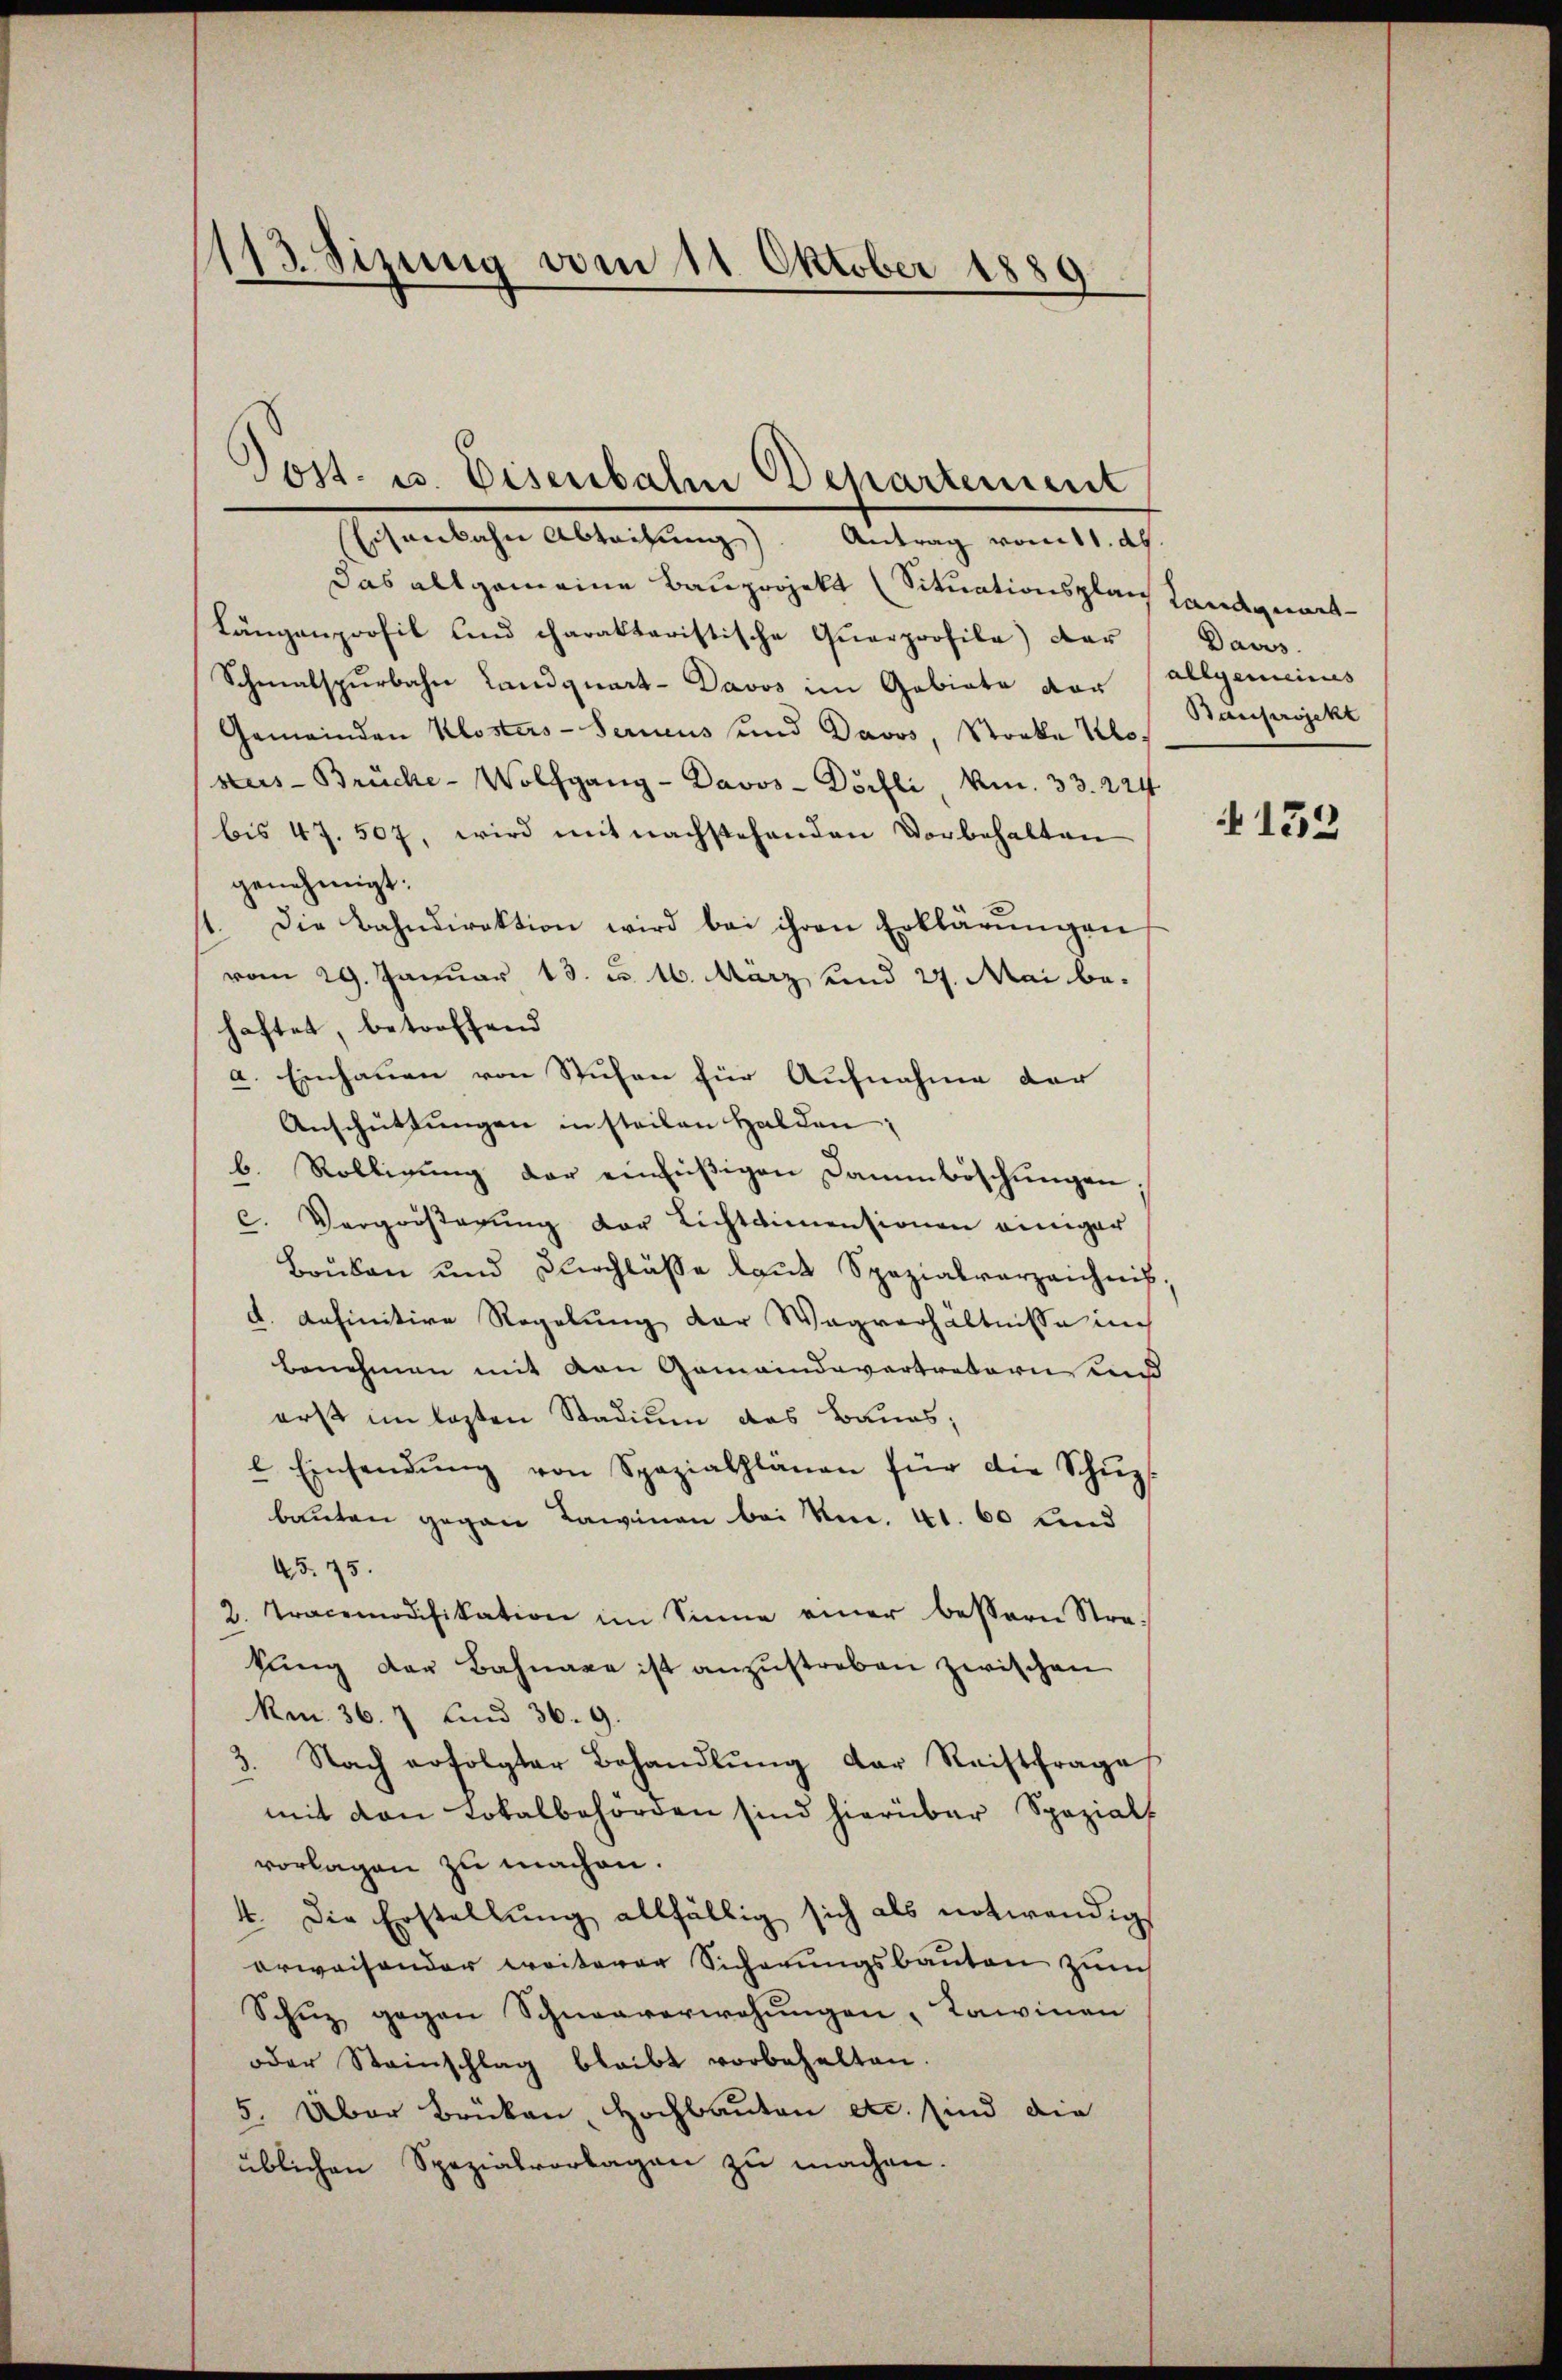
1113. Sizung vom 11. Oktober 1889

Post. u. Eisenbahn Departement
Eisenbahn Abteilung). Antrag vom 11. d.

Das allgemeine Bauprojekt (Situationsplan Landgemes¬
Längenporfil und charakteristische Querprofile) dar
Schmalspurbahn Landquart- Davos im Gebiete vor allgemeines
Gemeinden Klosters-Serneus und Davos, Stocke Kess
sus- Brücke-Wolfgang - Davos- Dörfli, Am. 33. 224
bis 47. 507, wird mit nachstehenden Vorbehalten
genehmigt.
1. Die Bahndirektion wird bei ihren Erklärŭngen
vom 29. Januar 13. u. 16. März, und 27. Mai behaftet, betreffend
a. Einhauen von Stufen für Aufnahme der
Anschüttungen in steilen Halden;
b. Rölligung der einfüßigen Dammböschungen;
c. Vergröβerŭng der Lichtdimensionen einiger
Brüken und Kirchlasse laut Spezialverzeichnis,
d. definitive Regelung der Wagverhältnisse in
benehmen mit von Gemeindevertretern und
erst im lezten Stadium das Baues;
l Einsendŭng von Spazialplänen für die Schŭp
bauten gegen Lawinen bei No. 41. 60 Lind
45. 75.
2. Tracemodifikation im Sinne einer bessern Stra-
kung der Bahnaxe ist anzustreben zwischen
km. 36. 7 und 36. 9.
3. Nach erfolgter Behandlŭng der Reitfrage
mit den Lokalbehörden sind hierüber Spezial
vorlagen zu machen.
4. Die Erstellung allfällig sich als notwendigs
erweisender weiterer Sicherungsbauten zum
Schŭz gegen Schneeverwehungen, Lawinen
oder Steinschlag bleibt vorbehalten.
5. Über Brücken, Hochbauten etc. sind die
üblichen Spezialvorlagen zu machen.

Daus
Bauprojekt

4133